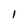
Character: l